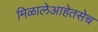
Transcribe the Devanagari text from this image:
मिळालेआहेतसेच